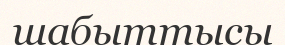
шабыттысы